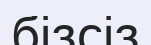
бізсіз